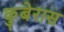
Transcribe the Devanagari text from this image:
कुबेरास